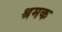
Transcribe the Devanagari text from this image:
श्रमक